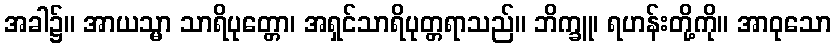
အခါ၌။ အာယသ္မာ သာရိပုတ္တော၊ အရှင်သာရိပုတ္တရာသည်။ ဘိက္ခူ၊ ရဟန်းတို့ကို။ အာဝုသော